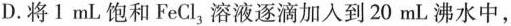
D将1mL饱和FeCl_{3}溶液逐滴加入到20mL沸水中，